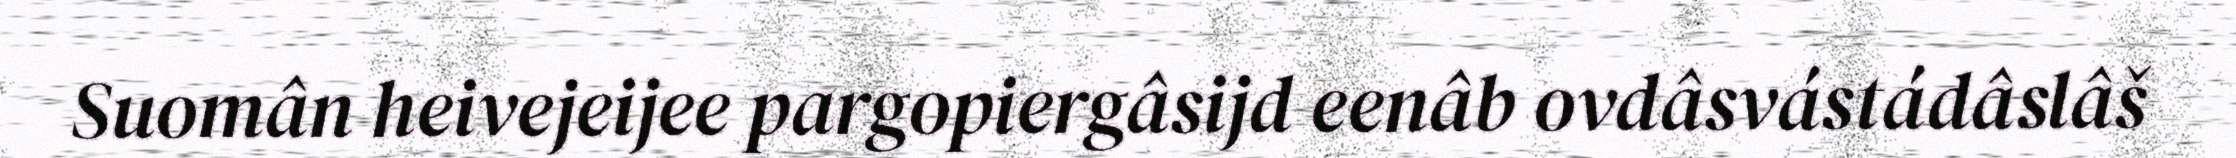
Suomân heivejeijee pargopiergâsijd eenâb ovdâsvástádâslâš